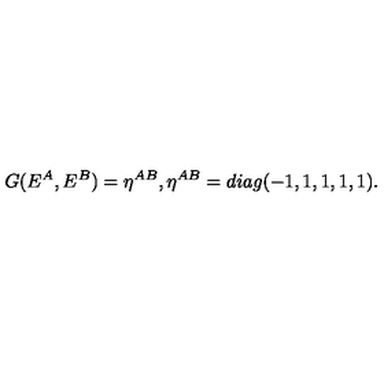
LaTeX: G ( E ^ { A } , E ^ { B } ) = \eta ^ { A B } , \eta ^ { A B } = d i a g ( - 1 , 1 , 1 , 1 , 1 ) .